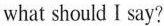
what should I say?